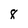
Character: 8